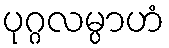
ပုဂ္ဂလမ္ပာဟံ